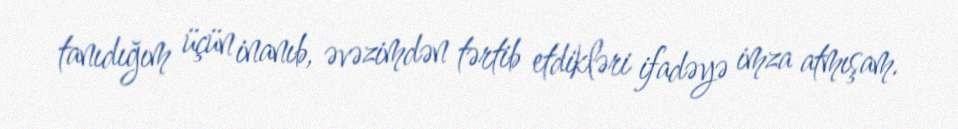
tanıdığım üçün inanıb, əvəzimdən tərtib etdikləri ifadəyə imza atmışam.